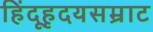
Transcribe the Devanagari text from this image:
हिंदूहृदयसम्राट